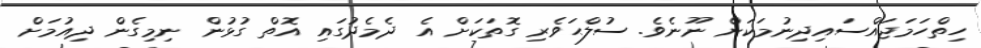
ހިތްހަމަޖައްސައިދިނުމަކަށް ނޫނެވެ. ސުލްޙަވެރި ގޮތަކަށް އެ ދެމެދުގައި އޮތް ގުޅުން ނިމިގެން ދިއުމަށް